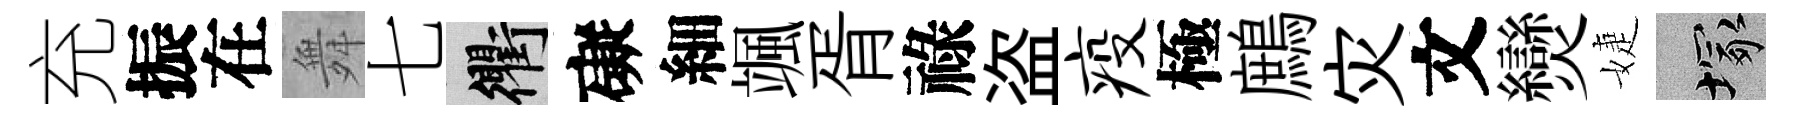
充振在舞七衢礙細颯胥祿盗疫極鷓灾文𤓖婕塚